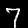
Digit: 7